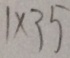
1 \times 3 5